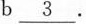
b\underline{3} .